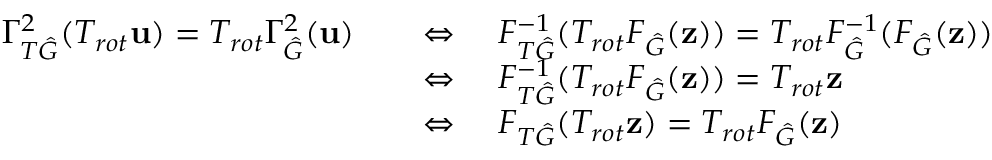
\begin{array} { r l } { \Gamma _ { T \hat { G } } ^ { 2 } ( T _ { r o t } \mathbf { u } ) = T _ { r o t } \Gamma _ { \hat { G } } ^ { 2 } ( \mathbf { u } ) } & { \quad \Leftrightarrow \quad F _ { T \hat { G } } ^ { - 1 } ( T _ { r o t } F _ { \hat { G } } ( \mathbf { z } ) ) = T _ { r o t } F _ { \hat { G } } ^ { - 1 } ( F _ { \hat { G } } ( \mathbf { z } ) ) } \\ & { \quad \Leftrightarrow \quad F _ { T \hat { G } } ^ { - 1 } ( T _ { r o t } F _ { \hat { G } } ( \mathbf { z } ) ) = T _ { r o t } \mathbf { z } } \\ & { \quad \Leftrightarrow \quad F _ { T \hat { G } } ( T _ { r o t } \mathbf { z } ) = T _ { r o t } F _ { \hat { G } } ( \mathbf { z } ) } \end{array}